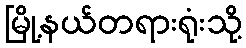
မြို့နယ်တရားရုံးသို့